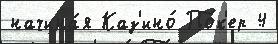
начина́я Каз'ино́ По́к'ер 4